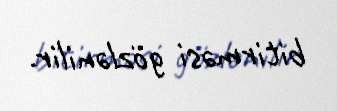
bitirməsi gözlənilir.